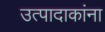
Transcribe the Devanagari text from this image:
उत्पादाकांना